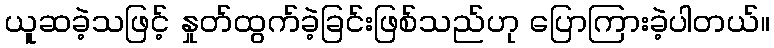
ယူဆခဲ့သဖြင့် နှုတ်ထွက်ခဲ့ခြင်းဖြစ်သည်ဟု ပြောကြားခဲ့ပါတယ်။